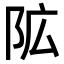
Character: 𮤾